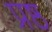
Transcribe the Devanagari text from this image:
प्रष्ठ